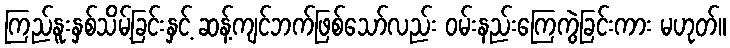
ကြည်နူးနှစ်သိမ့်ခြင်းနှင့် ဆန့်ကျင်ဘက်ဖြစ်သော်လည်း ဝမ်းနည်းကြေကွဲခြင်းကား မဟုတ်။